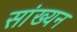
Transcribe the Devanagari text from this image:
सांख्यन